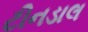
ટીનડાલ